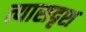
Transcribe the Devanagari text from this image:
त्यासदृश